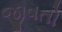
જીવતો